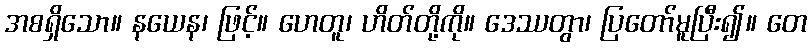
အစရှိသော။ နယေန၊ ဖြင့်။ ဟေတူ၊ ဟိတ်တို့ကို။ ဒေဿတွာ၊ ပြတော်မူပြီး၍။ တေ